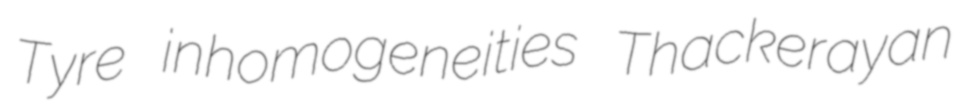
Tyre inhomogeneities Thackerayan